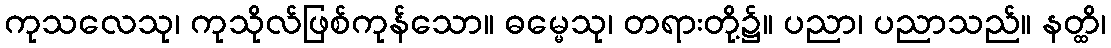
ကုသလေသု၊ ကုသိုလ်ဖြစ်ကုန်သော။ ဓမ္မေသု၊ တရားတို့၌။ ပညာ၊ ပညာသည်။ နတ္ထိ၊